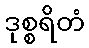
ဒုစ္စရိတံ